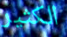
الكثير